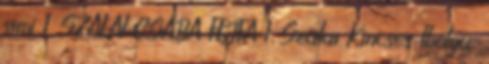
simi 1 SZALAI CSABA FEJFA 1 Szalai Kincses Ibolya: